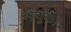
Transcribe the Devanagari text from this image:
मेंचुका